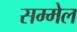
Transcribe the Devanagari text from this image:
सम्‍मेल